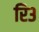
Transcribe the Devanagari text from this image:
रि३